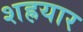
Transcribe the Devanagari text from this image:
शह्रयार